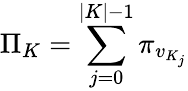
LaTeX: \Pi_{K}=\sum_{j=0}^{|K|-1}\pi_{v_{K_{j}}}